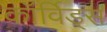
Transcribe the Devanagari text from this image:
कॉर्विड्स